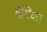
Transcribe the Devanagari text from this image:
बेधियत